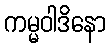
ကမ္မဝါဒိနော